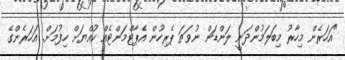
"އަހަރެން މިހާރު މިބަލަމުންދަނީ ލަންޑަން ނުވަތަ ޕެރިހުން އެޕާޓްމަންޓެއް ކުއްޔަށް ހިފުމަށް. އަހަރެންގެ